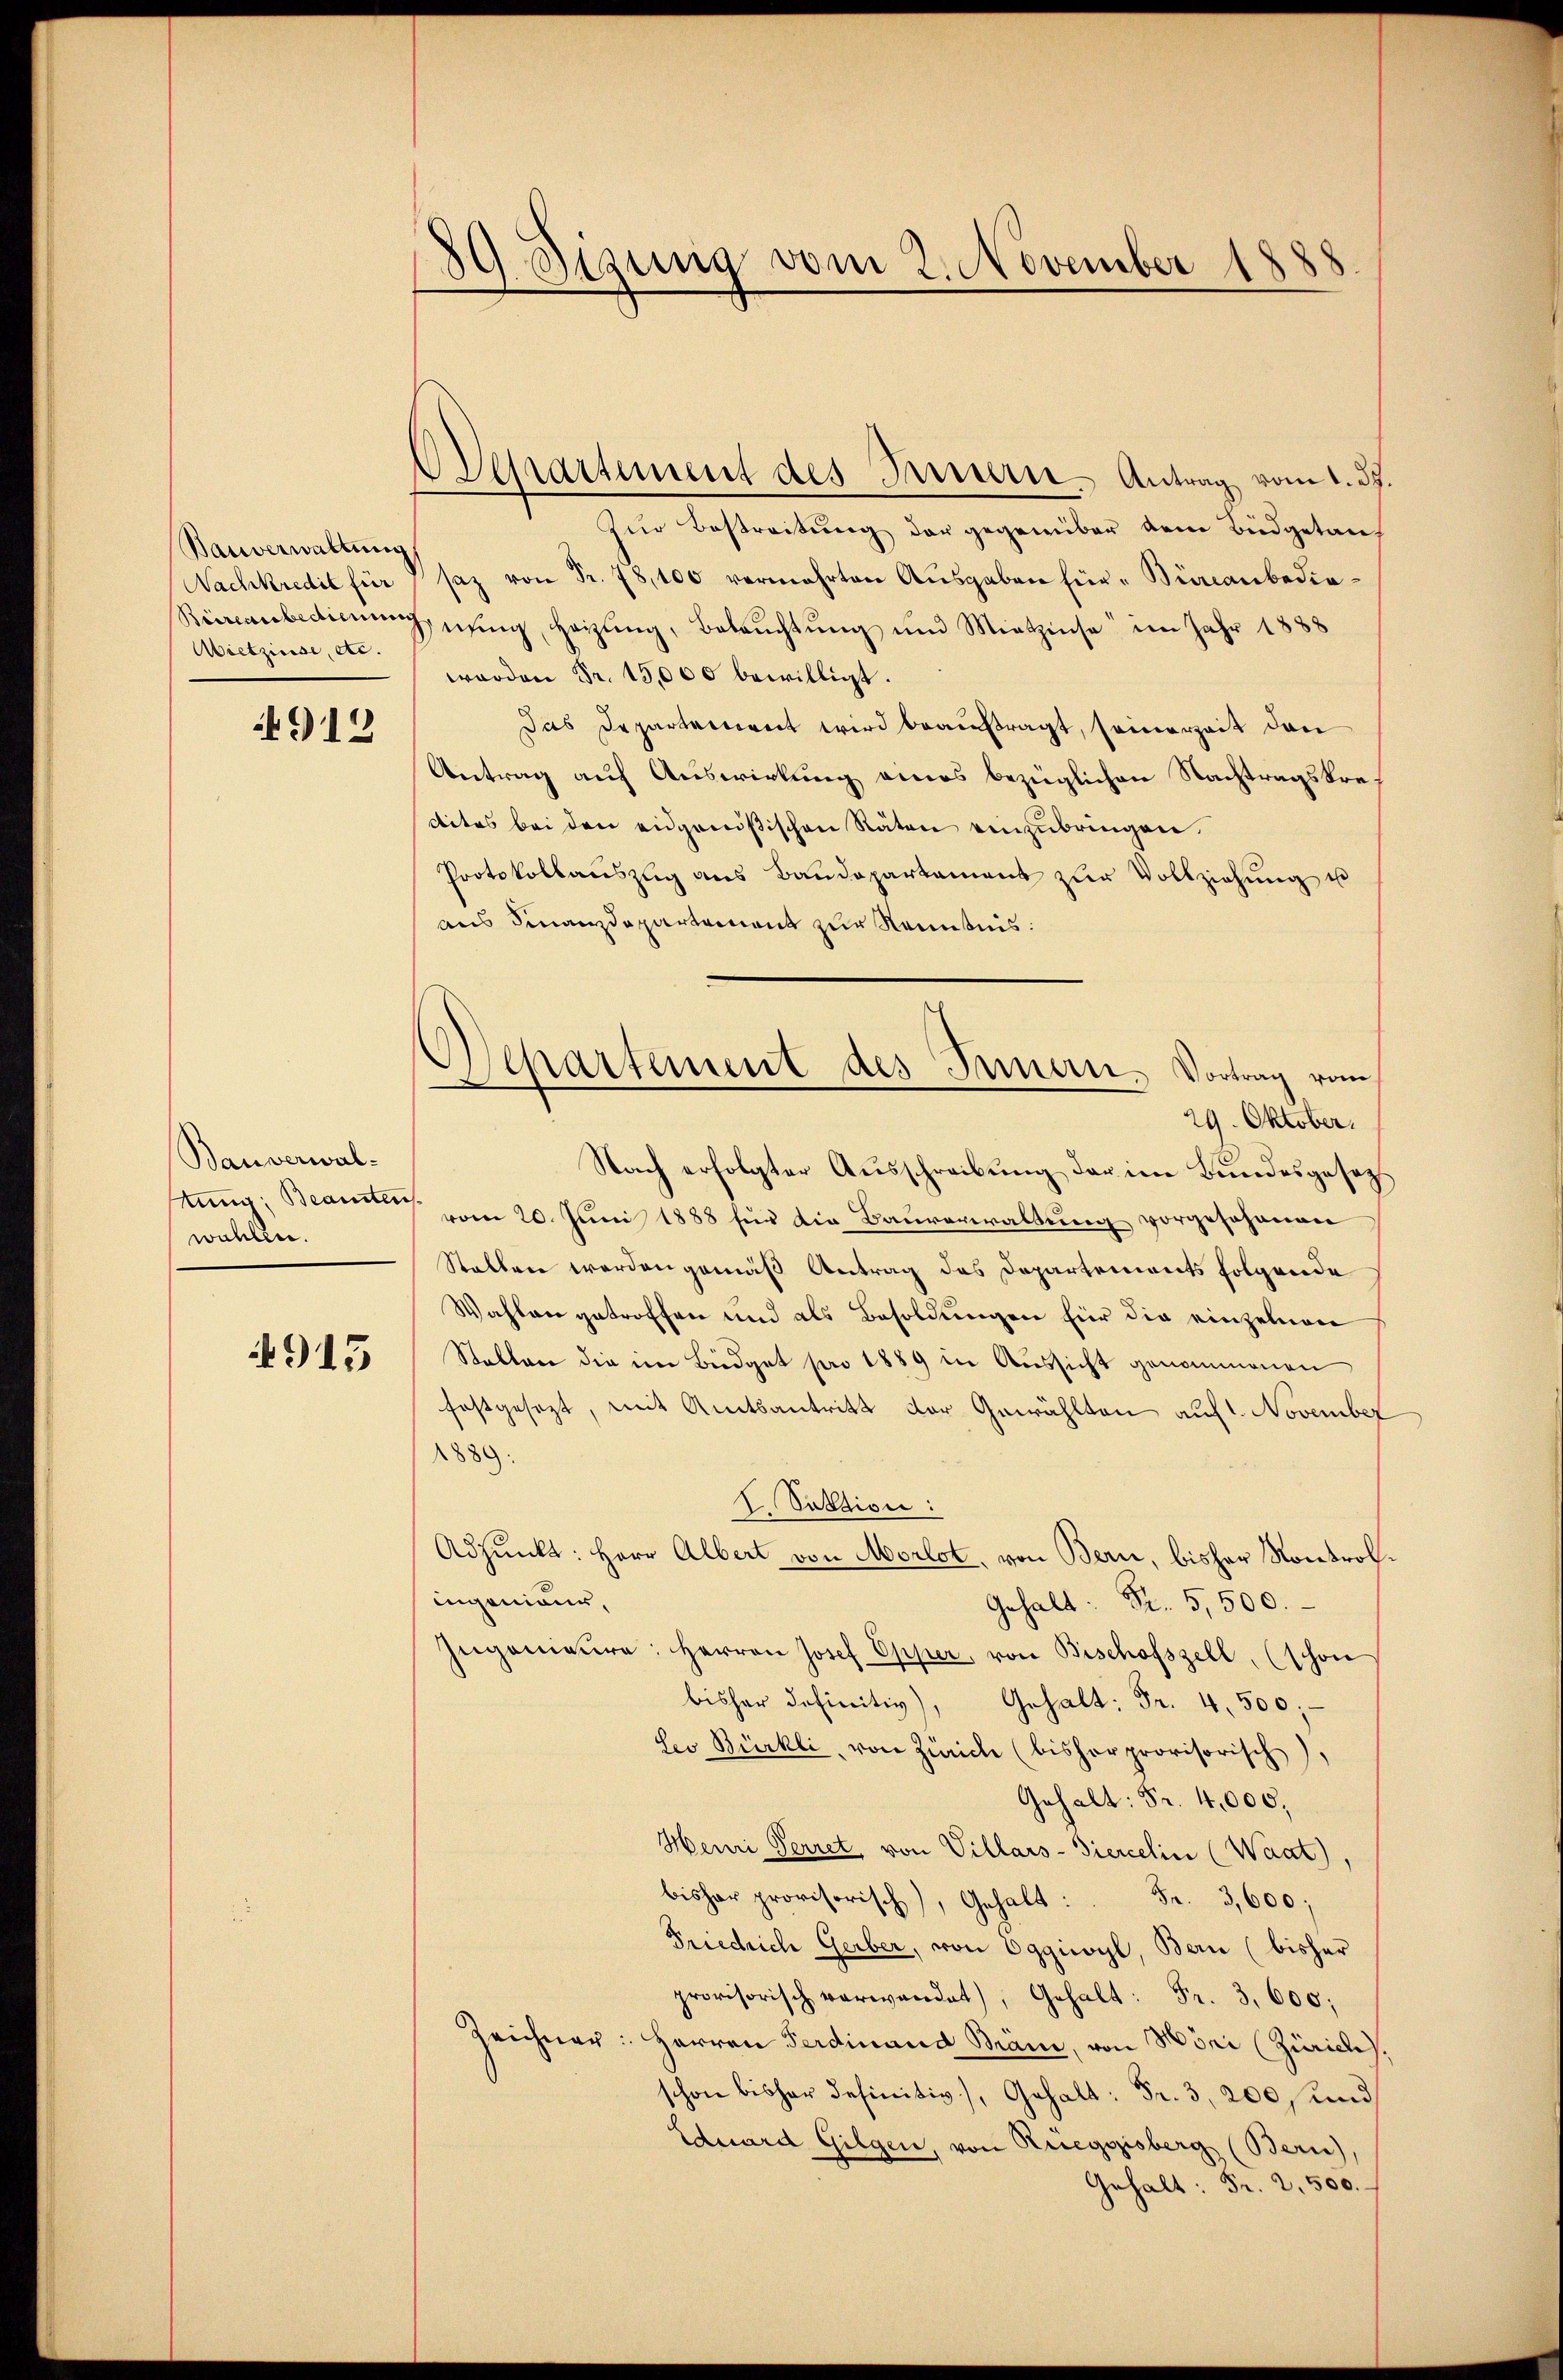
Bauverwaltung
Nachtkredit für
Wietzinse, etc.

912

Bauverwaln

915

89 Sizung vom 2. November 1888

Departement des Innern. Antrag vom 1. 37.
Zur Bestreitung der gegenüber dem Büdgetansaz von Fr. 78,100 vermehrten Aŭsgaben für Bürcanbedie¬
Biccanbedienung nŭng heizŭng, Beleŭchtŭng und Mietzinse im Jahr 1888
worden Fr. 15,000 bewilligt.
Das Departarereit wird beauftragt, seinerzeit den
Antrag auf Auswirkung eines bezüglichen Nachtragskredites bei den eidgenößischen Räten einzubringen.
Protokollaŭszŭg ans Baŭdepartament zŭr Vollziehung u
aus Finanzdepartement zur Kenntnis:
Nach erfolgter Ausschreibung der im Bundesgesetzt
Beamte vom 20. Juni 1888 für die Bauverwaltung vorgeschenen
Stallen werden gemäß Antrag des Departements folgende
Wahlen getroffen und als Besoldungen für die einzelnen
Stallen die im Büdget pro 1889 in Aussicht genommenen
festgesezt, mit Amtsantritt der Gewählten auf 1. November
1889.
I. Sektion:
Adjunkt: Herr Albert von Morlot, von Bern, bisher Kontrolingenieur,
Gehalt: Fr. 5,500.
Ingenieŭre: Herren Josef Opper, von Bischofszell, (schon
bisher definitiv), Gehalt: Fr. 4,500;
Les Bürkli, von Zürich (bisher provisorisch),
Gehalt: Fr. 4,000,
Henri Perret von Villars-Siercelin (Waat)
bisher provisorisch), Gehalt: " Fr. 3,600;
Friedrich Gerber, von Oggiwyl, Bern (bisher
provisorisch verwendet), Gehalt: Fr. 3,600;
Zeichner: Herren Ferdinand Brämi, von Möni (Zürich),
schon bisher definitiv), Gehalt: Fr. 3, 200 s und
Eduard Gilgen, von Rueggisberg (Bern)
Gehalt: Fr. 2. 500.

Separtement des Innern, Vortrag vom
29. Oktober.